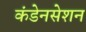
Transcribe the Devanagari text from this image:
कंडेनसेशन